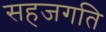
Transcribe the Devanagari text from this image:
सहजगति